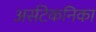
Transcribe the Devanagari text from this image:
अर्सटेकनिका